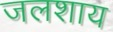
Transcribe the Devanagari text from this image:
जलशाय